Vaccine operations Central Provinces & Berar 1922-1929 - 1922-1929
Year: 1922
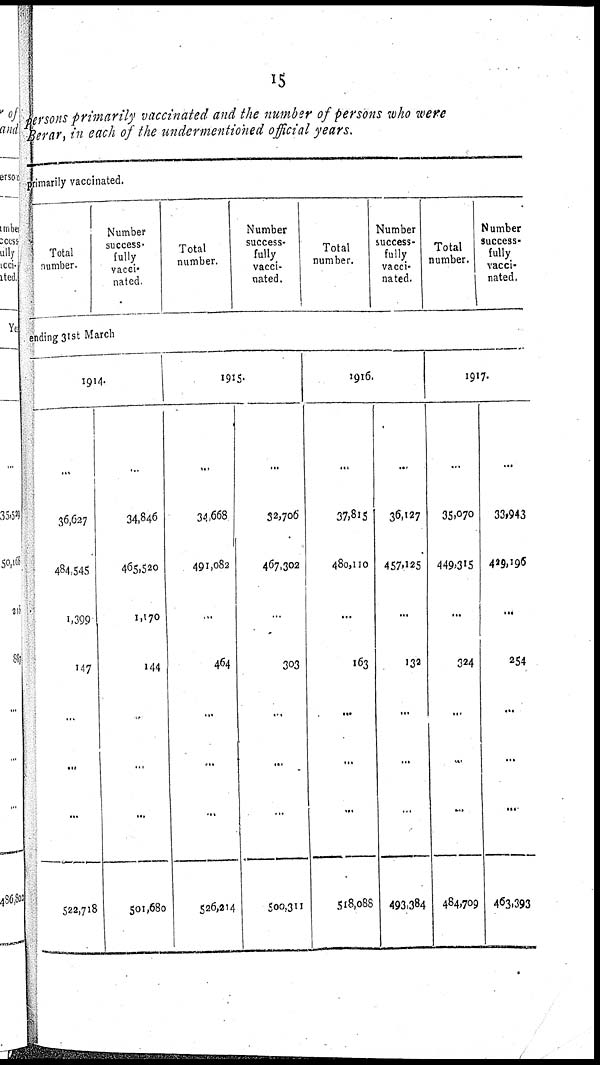
15
persons primarily vaccinated and the number of persons who were
Berar, in each of the undermentioned official years.
primarily vaccinated.
Total
number.
Number
success-
fully
vacci-
nated.
Total
number.
Number
success-
fully
vacci-
nated.
Total
number.
Number
success-
fully
vacci-
nated.
Total
number.
Number
success-
fully
vacci-
nated.
ending 31st March
1914.
...
36,627
484,545
1,399
147
...
...
...
522,718
...
34,846
465,520
1,170
144
...
...
...
501,680
1915.
...
34,668
491,082
...
464
...
...
...
526,214
...
32,706
467,302
...
303
...
...
...
500,311
1916.
...
37,815
480,110
...
163
...
...
...
518,088
......
36,127
457,125
...
132
...
...
...
493,384
1917.
...
35,070
449,315
...
324
...
...
...
484,709
...
33,943
429,196
...
254
...
...
...
463,393